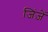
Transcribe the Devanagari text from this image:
जिंज़ें